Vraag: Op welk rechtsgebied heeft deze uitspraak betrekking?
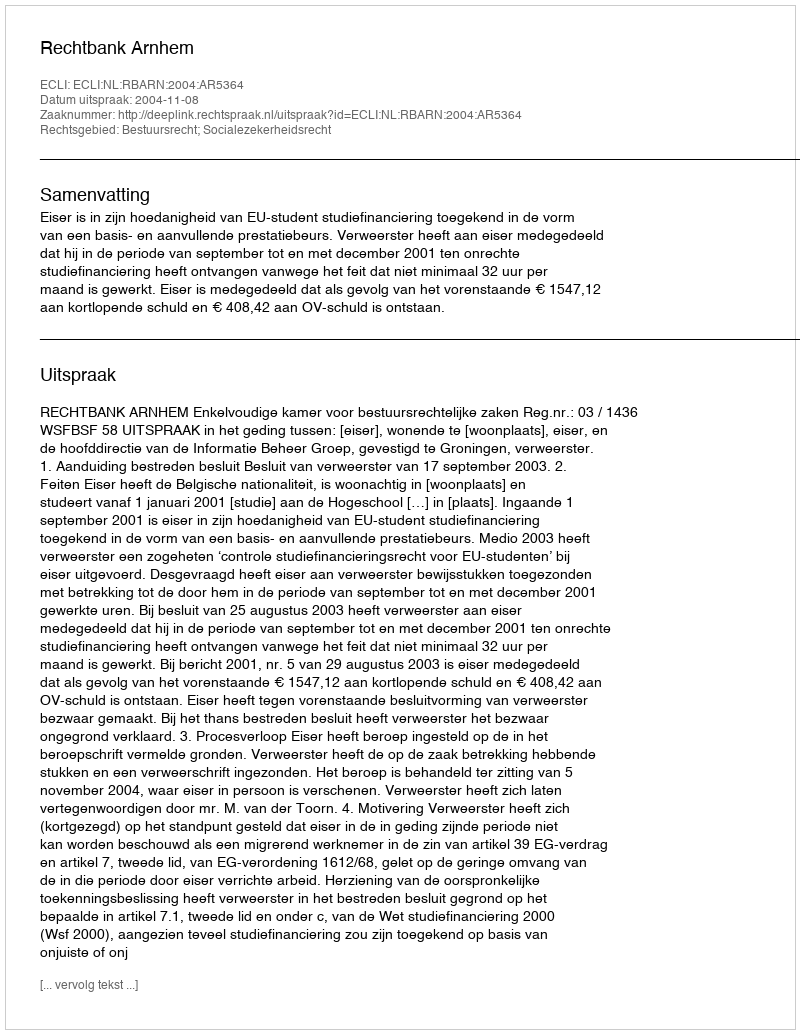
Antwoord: Bestuursrecht; Socialezekerheidsrecht